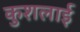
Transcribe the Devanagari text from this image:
कुशलाई